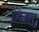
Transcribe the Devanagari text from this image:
येलु